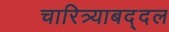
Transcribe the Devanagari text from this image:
चारित्र्याबद्दल